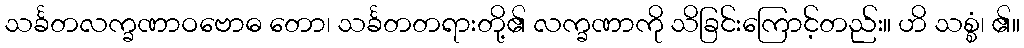
သင်္ခတလက္ခဏာဝဗောဓ တော၊ သင်္ခတတရားတို့၏ လက္ခဏာကို သိခြင်းကြောင့်တည်း။ ဟိ သစ္စံ၊ ၏။